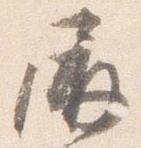
屏